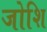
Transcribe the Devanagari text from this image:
जोशि